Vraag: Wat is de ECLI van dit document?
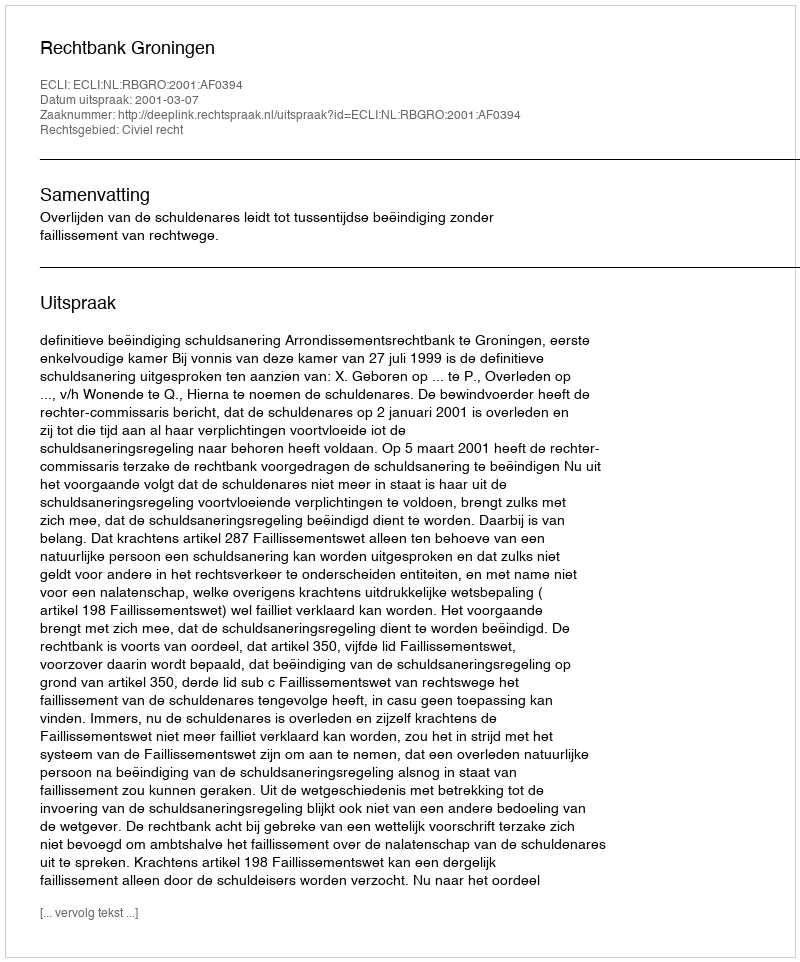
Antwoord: ECLI:NL:RBGRO:2001:AF0394